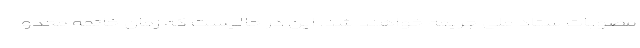
مصوبات ستاد ملی جریمه خواهند شد. این در حالیست که زمان خاتمه محدو